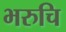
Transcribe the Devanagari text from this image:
भरुचि